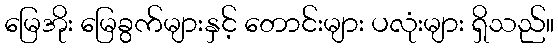
မြေအိုး မြေခွက်များနှင့် တောင်းများ ပလုံးများ ရှိသည်။